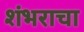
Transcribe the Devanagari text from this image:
शंभराचा